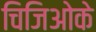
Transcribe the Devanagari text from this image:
चिजिओके